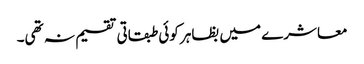
معاشرے میں بظاہر کوئی طبقاتی تقسیم نہ تھی۔